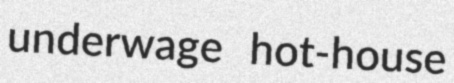
underwage hot-house